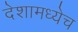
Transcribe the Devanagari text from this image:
देशामध्येच